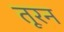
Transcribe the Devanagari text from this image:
तूरन